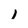
Character: 1